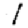
Digit: 1